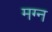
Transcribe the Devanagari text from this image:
मग्‍न